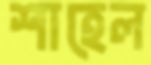
শাহেল